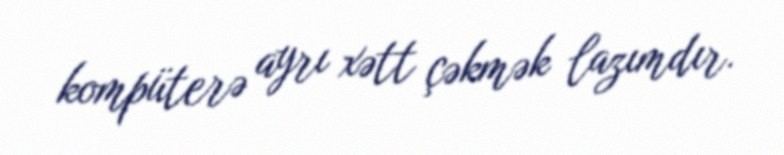
kompüterə ayrı xətt çəkmək lazımdır.